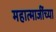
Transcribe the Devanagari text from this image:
महात्माजींच्या